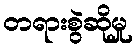
တရားစွဲဆိုမှု